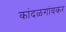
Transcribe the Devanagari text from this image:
कांदळगांवकर